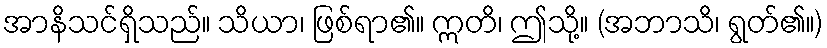
အာနိသင်ရှိသည်။ သိယာ၊ ဖြစ်ရာ၏။ ဣတိ၊ ဤသို့။ (အဘာသိ၊ ရွတ်၏။)